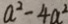
a ^ { 2 } - 4 a ^ { 2 }